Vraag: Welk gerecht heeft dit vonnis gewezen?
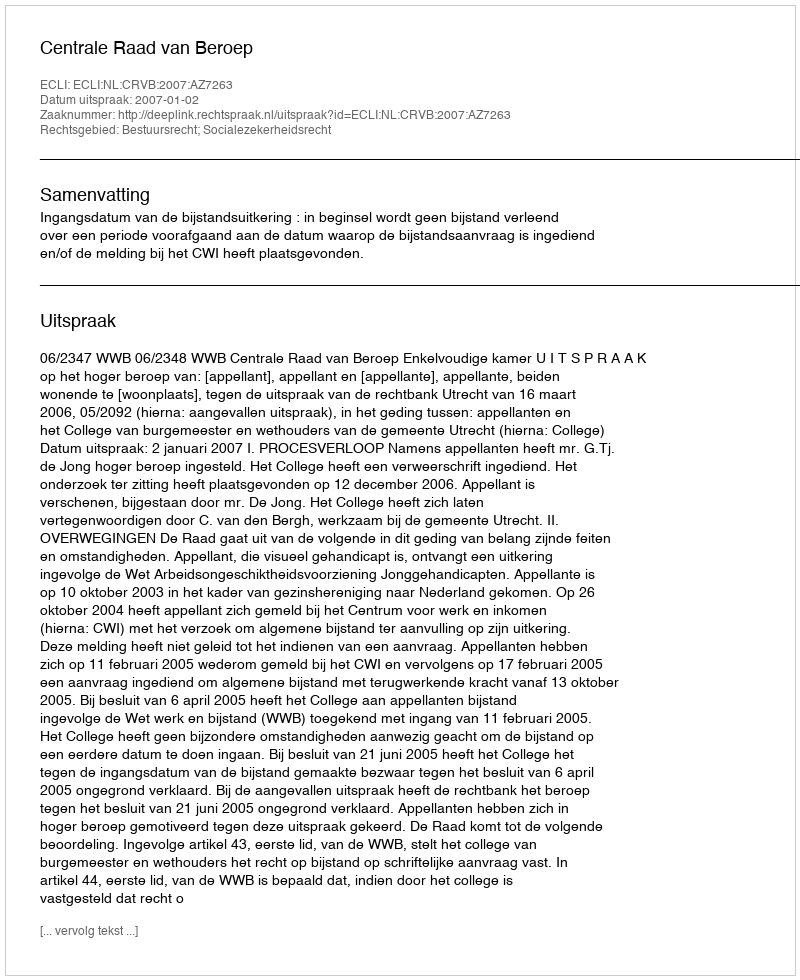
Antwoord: Centrale Raad van Beroep